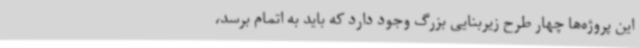
این پروژه‌ها چهار طرح زیربنایی بزرگ وجود دارد که باید به اتمام برسد،